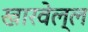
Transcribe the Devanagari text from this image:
खारवेल्ल